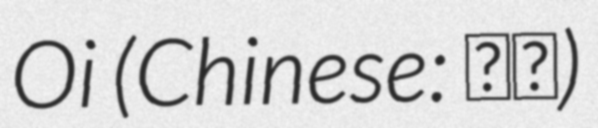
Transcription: Oi (Chinese: 友愛)